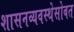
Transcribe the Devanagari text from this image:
शासनव्यवस्थेसोबत